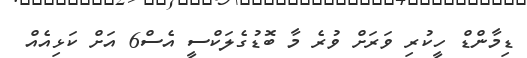
ޑިމާންޑް ހީކުރި ވަރަށް ވުރެ މާ ބޮޑުގެލަކްސީ އެސް6 އަށް ކަޅިއެއް